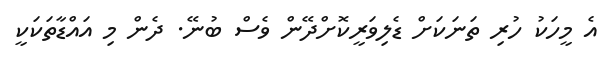
އެ މީހަކު ހުރި ތަނަކަށް ޑެލިވަރީކޮށްދޭން ވެސް ބުނޭ. ދެން މި އައްޑާތަކަކީ